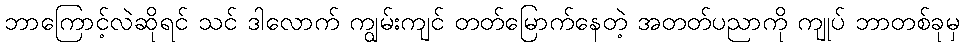
ဘာကြောင့်လဲဆိုရင် သင် ဒါလောက် ကျွမ်းကျင် တတ်မြောက်နေတဲ့ အတတ်ပညာကို ကျုပ် ဘာတစ်ခုမှ